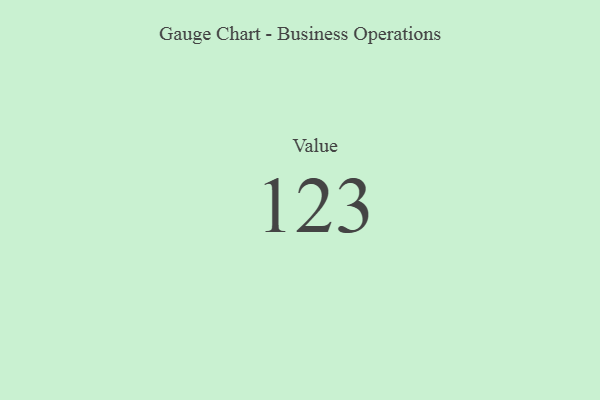
{"axis": {"x": "Metric", "y": "Value"}, "legend": [""], "data": [{"x": "Value", "y": 123, "type": ""}]}